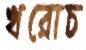
খরোচ